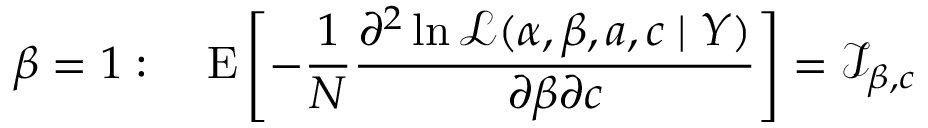
\beta = 1 : \quad \operatorname { E } \left[ - { \frac { 1 } { N } } { \frac { \partial ^ { 2 } \ln { \mathcal { L } } ( \alpha , \beta , a , c \mid Y ) } { \partial \beta \partial c } } \right] = { \mathcal { I } } _ { \beta , c }